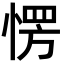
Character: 愣